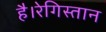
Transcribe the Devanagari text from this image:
है।रेगिस्तान